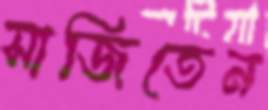
সাজিতেন